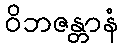
ဝိဘဇန္တာနံ